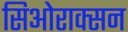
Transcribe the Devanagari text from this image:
सिओराक्सन